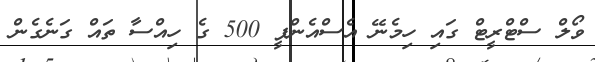
ވޯލް ސްޓްރީޓް ގައި ހިމެނޭ އެސްއެންޕީ 500 ގެ ހިއްސާ ތައް ގަނެގެން